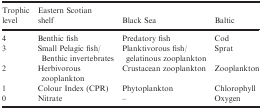
<table><thead><tr><td><b>Trophic level</b></td><td><b>Eastern Scotian shelf</b></td><td><b>Black Sea</b></td><td><b>Baltic</b></td></tr></thead><tbody><tr><td>4</td><td>Benthic fish</td><td>Predatory fish</td><td>Cod</td></tr><tr><td>3</td><td>Small Pelagic fish/Benthic invertebrates</td><td>Planktivorous fish/gelatinous zooplankton</td><td>Sprat</td></tr><tr><td>2</td><td>Herbivorous zooplankton</td><td>Crustacean zooplankton</td><td>Zooplankton</td></tr><tr><td>1</td><td>Colour Index (CPR)</td><td>Phytoplankton</td><td>Chlorophyll</td></tr><tr><td>0</td><td>Nitrate</td><td>–</td><td>Oxygen</td></tr></tbody></table>